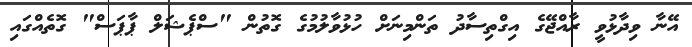
އޭނާ ވިދާޅުވީ ރާއްޖޭގެ އިގްތިސާދު ތަންމިނަށް ހުޅުވާލުމުގެ ގޮތުން "ސްޕެޝަލް ޕާޕަސް" ގޮތެއްގައި